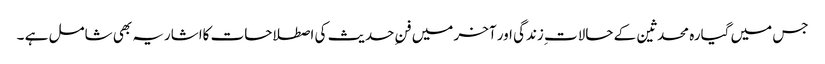
جس میں گیارہ محدثین کے حالات ِزندگی اور آخر میں فنِ حدیث کی اصطلاحات کااشاریہ بھی شامل ہے ۔